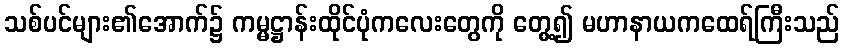
သစ်ပင်များ၏အောက်၌ ကမ္မဋ္ဌာန်းထိုင်ပုံကလေးတွေကို တွေ့၍ မဟာနာယကထေရ်ကြီးသည်